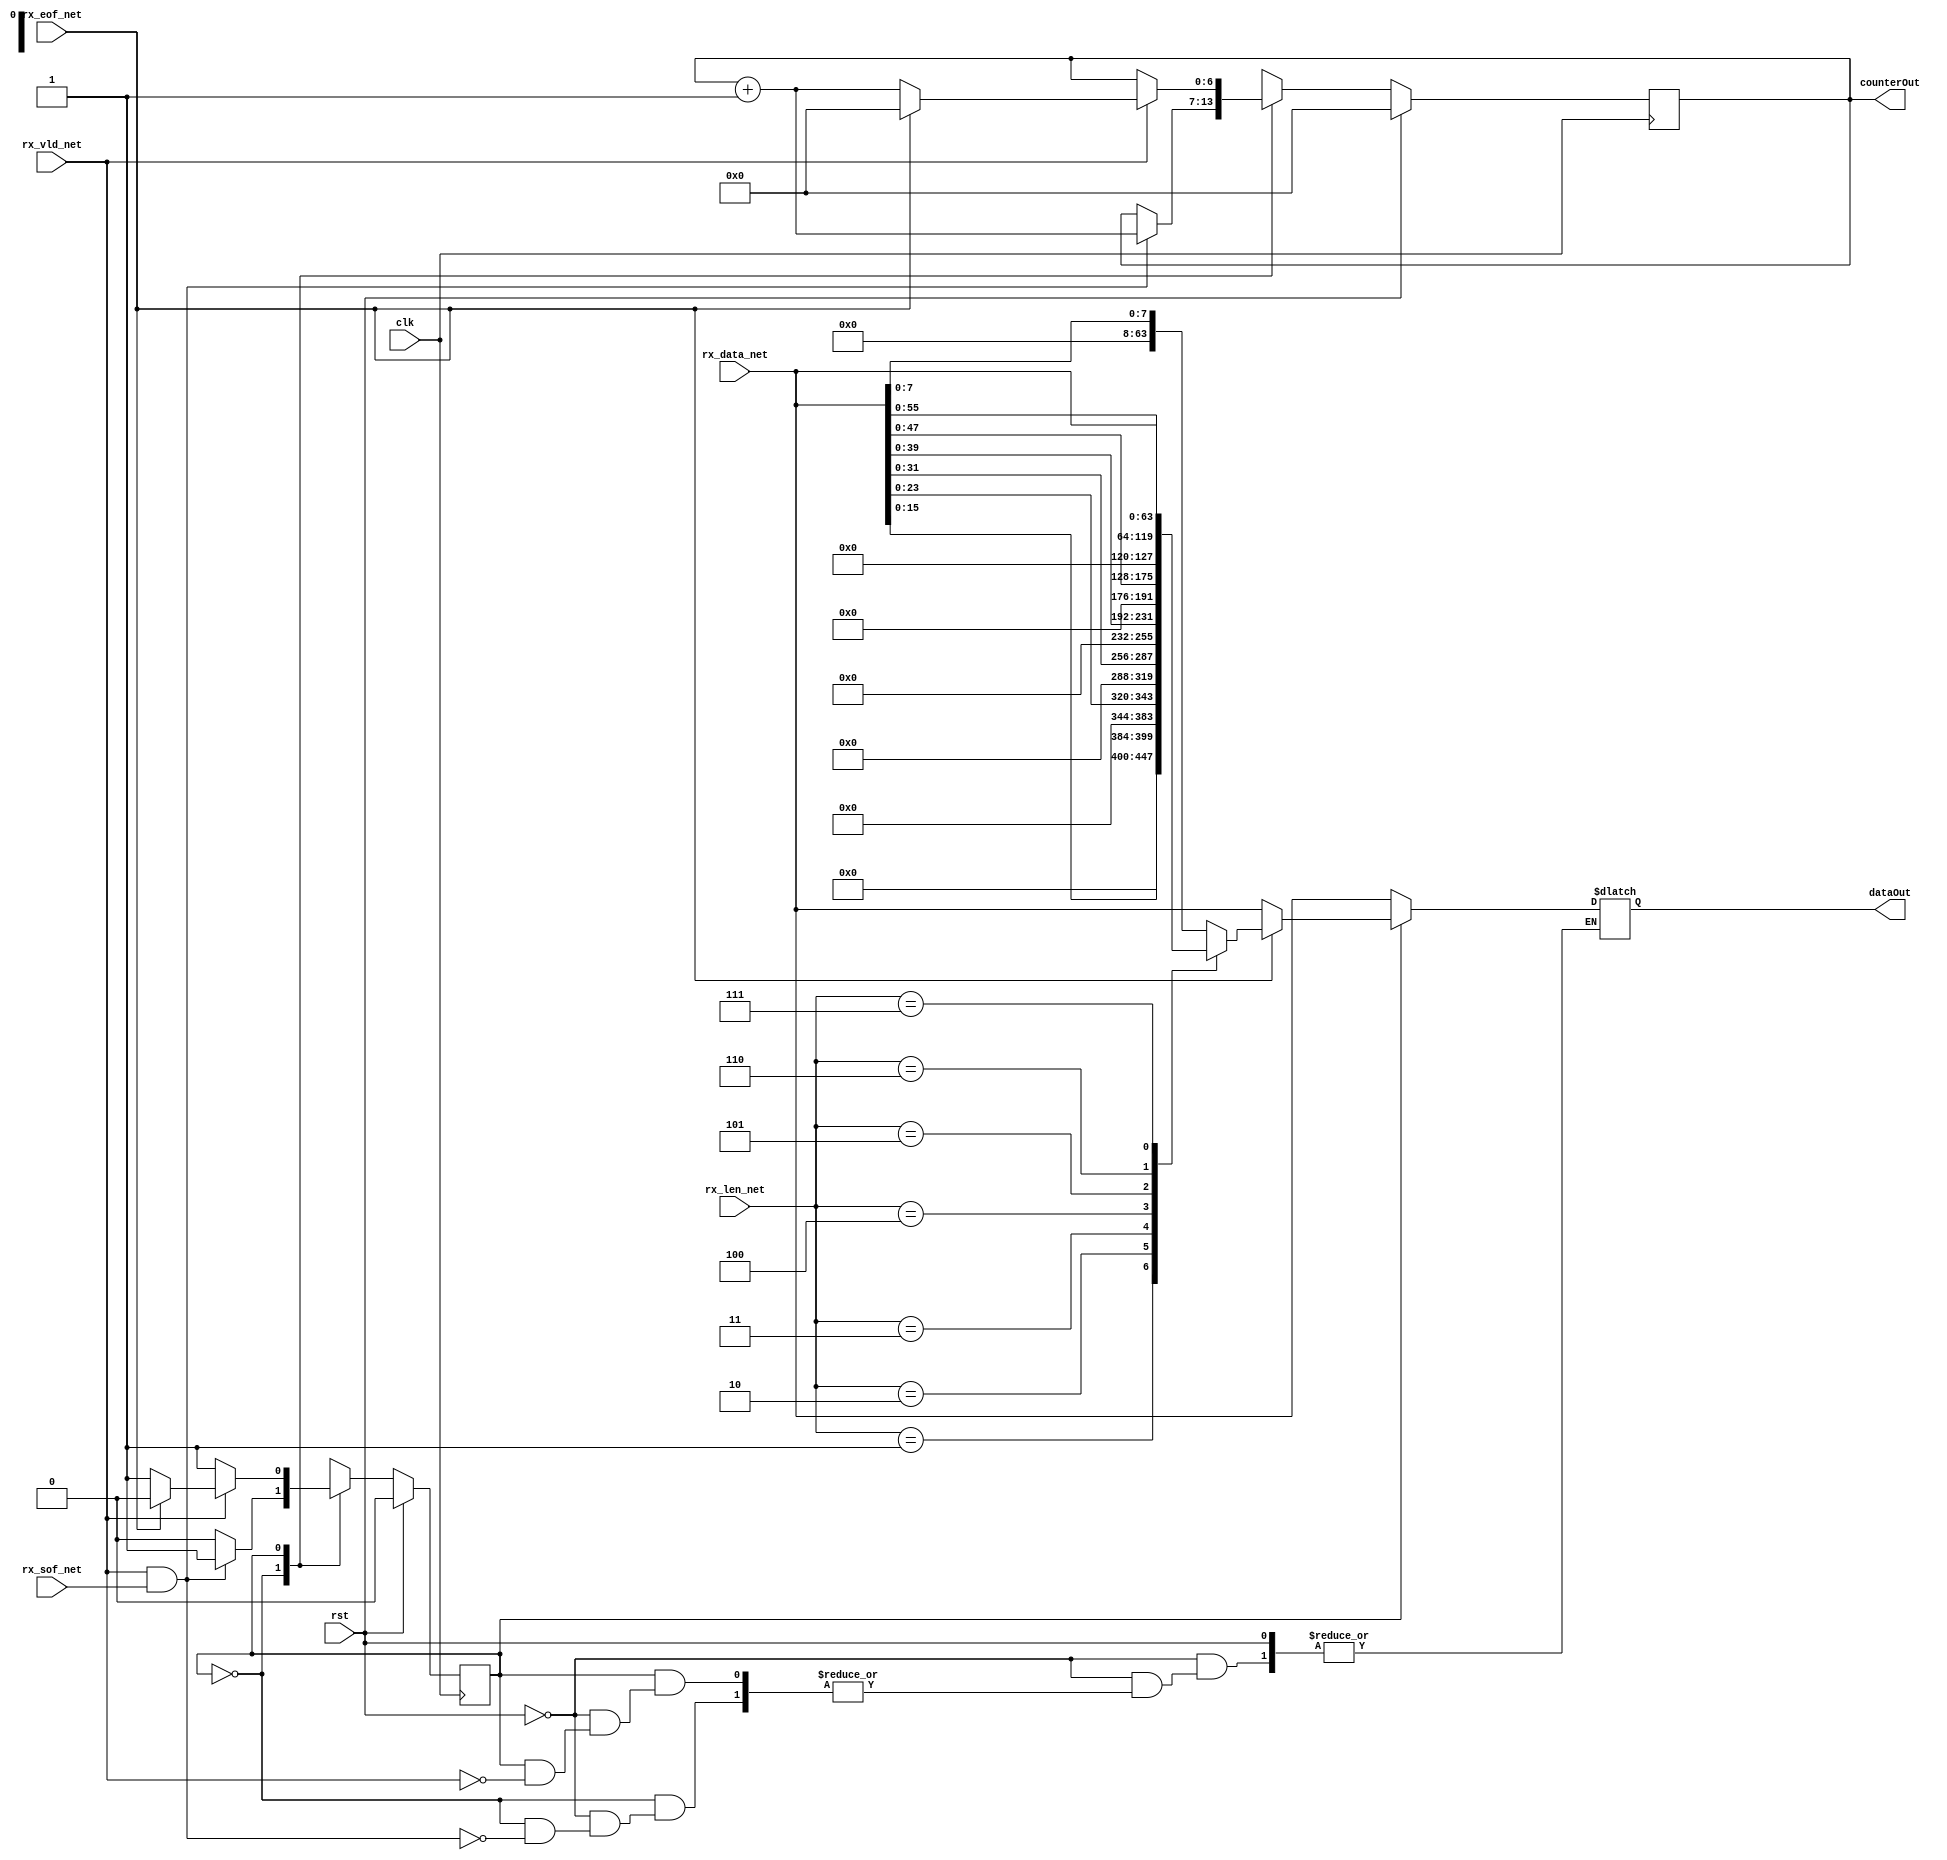
`timescale 1ns / 1ps
`define INITIAL_STATE 0
`define STEADY_STATE 1

module packetRx(
	input clk,
	input rst,
	input [63:0] rx_data_net,
	input rx_sof_net,
	input rx_eof_net,
	input [2:0] rx_len_net,
	input rx_vld_net,
	output reg [63:0] dataOut,
	output [6:0] counterOut
);

reg state, stateNext;
reg [6:0] counter, counterNext;

always @(posedge clk) begin
	state <=  stateNext;
	counter <= counterNext;
end

assign counterOut = counter;

always @* begin
	stateNext = state;
	counterNext = counter;
	if (rst) begin
		stateNext = 0;
		counterNext = 0;
	end
	else begin
		case (state)
			`INITIAL_STATE: begin
				if (rx_vld_net && rx_sof_net) begin
					dataOut = rx_data_net;
					stateNext = `STEADY_STATE;
					counterNext = counter + 1;
				end
			end
			`STEADY_STATE: begin
				if (rx_vld_net) begin
					if (rx_eof_net) begin
						case (rx_len_net)
							0: dataOut = rx_data_net[7:0];
							1:	dataOut = rx_data_net[15:0];
							2: dataOut = rx_data_net[23:0];
							3: dataOut = rx_data_net[31:0];
							4: dataOut = rx_data_net[39:0];
							5: dataOut = rx_data_net[47:0];
							6: dataOut = rx_data_net[55:0];
							7: dataOut = rx_data_net;
						endcase
						stateNext = `INITIAL_STATE;
						counterNext = 0;
					end
					else begin
						dataOut = rx_data_net;
						counterNext = counter + 1;
					end
				end
			end
		endcase
	end
end
endmodule